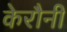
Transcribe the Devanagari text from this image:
केरौनी